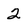
Character: 2